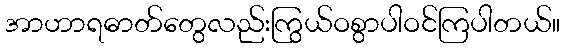
အာဟာရဓာတ်တွေလည်းကြွယ်ဝစွာပါဝင်ကြပါတယ်။